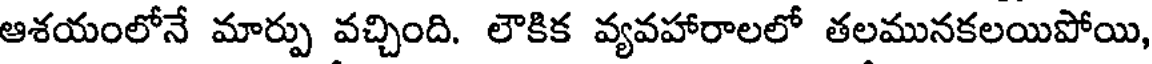
ఆశయంలోనే మార్పు వచ్చింది. లౌకిక వ్యవహారాలలో తలమునకలయిపోయి,